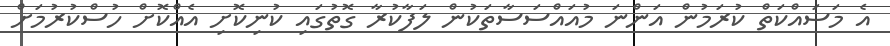
އެ މަސައްކަތް ކުރަމުން އަންނަ މުއައްސަސާތަކުން ލަފާކުރާ ގޮތުގައި ކުނިކޮށި އެއްކޮށް ހުސްކުރުމަށް